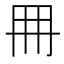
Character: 𠕋